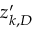
z _ { k , D } ^ { \prime }